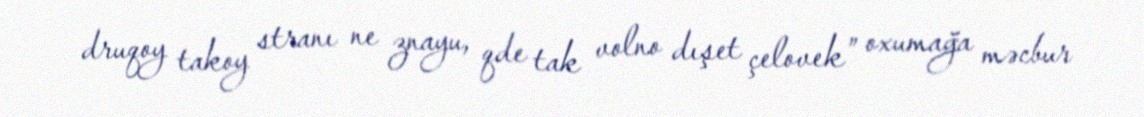
druqoy takoy stranı ne znayu, qde tak volno dışet çelovek” oxumağa məcbur